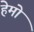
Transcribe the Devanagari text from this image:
हेमो